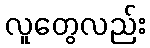
လူတွေလည်း